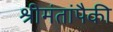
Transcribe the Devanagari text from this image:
श्रीमंतांपैकी